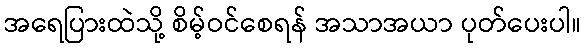
အရေပြားထဲသို့ စိမ့်ဝင်စေရန် အသာအယာ ပုတ်ပေးပါ။